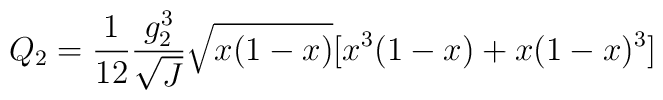
Q_2=\frac{1}{12}\frac{g_{2}^{3}}{\sqrt{J}}\sqrt{x(1-x)}[x^3(1-x)+x(1-x)^3]